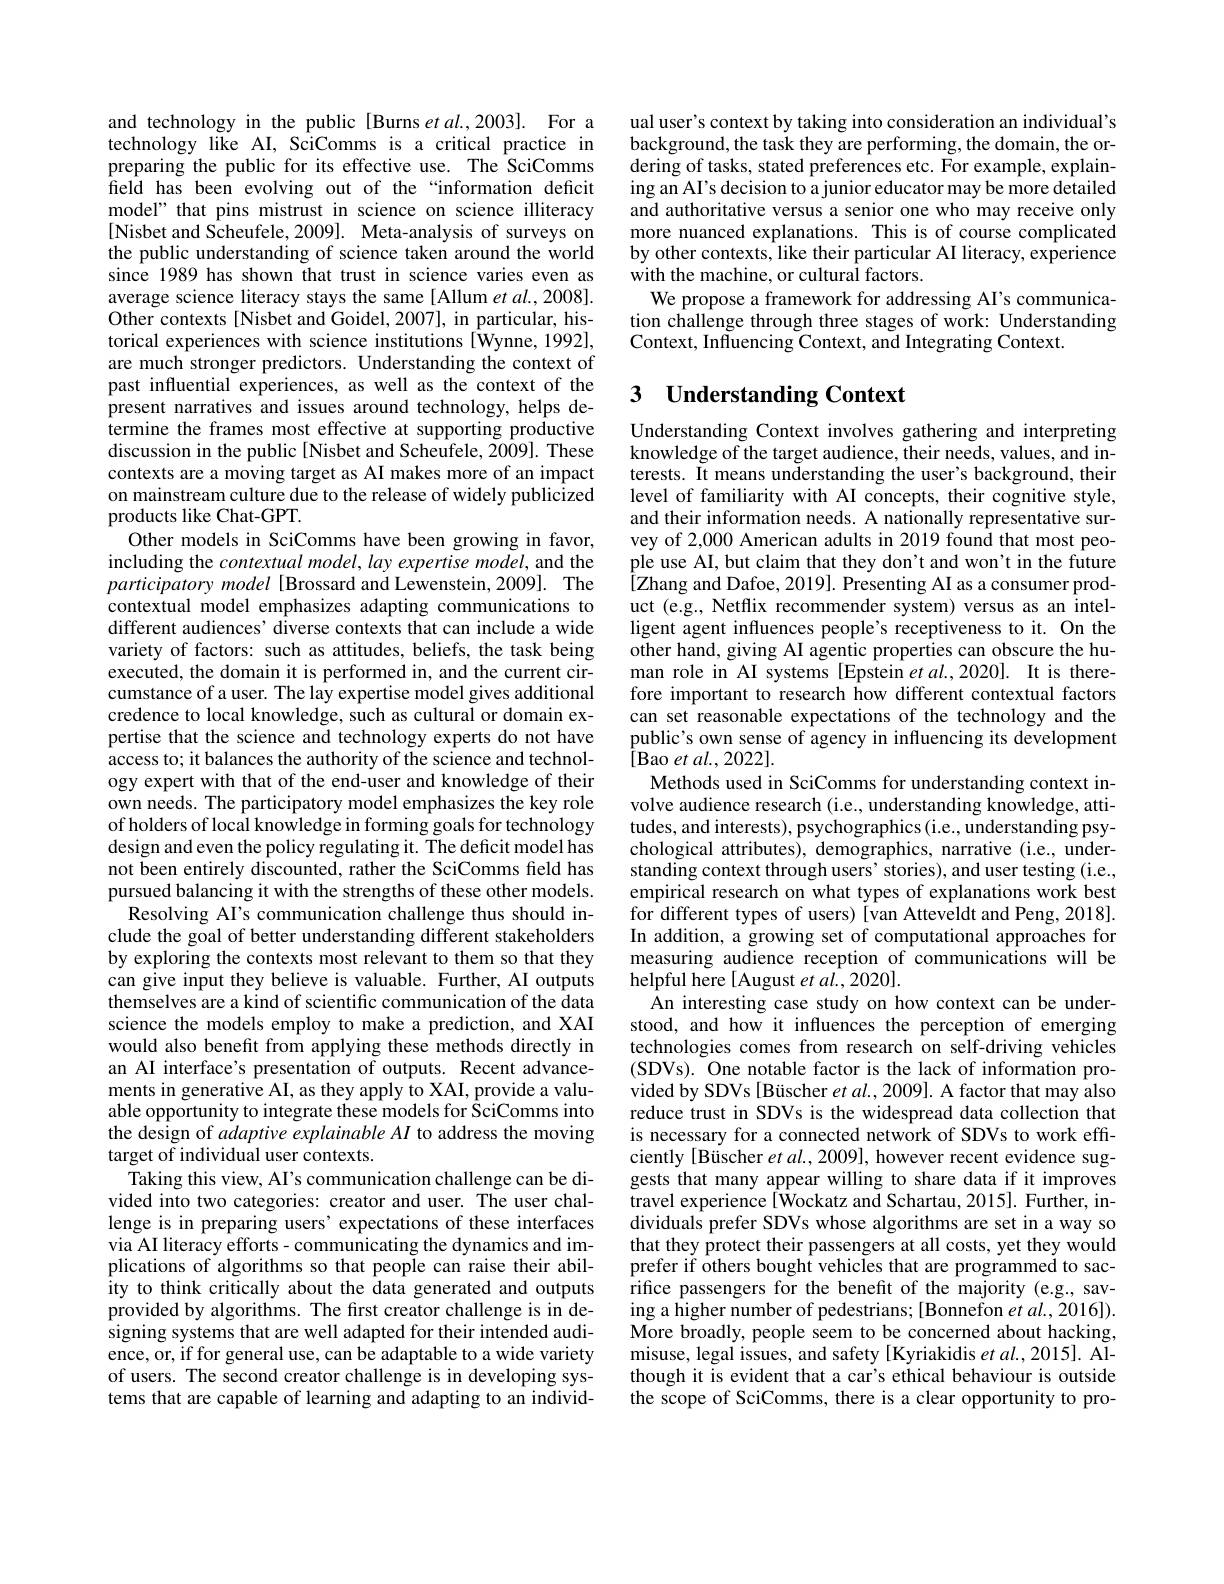
and technology in the public[Burns et al.,2003]. For a technology like AI, SciComms is a critical practice in preparing the public for its effective use. The SciComms field has been evolving out of the “information deficit model" that pins mistrust in science on science illiteracy [Nisbet and Scheufele, 2009]. Meta-analysis of surveys on the public understanding of science taken around the world since 1989 has shown that trust in science varies even as average science literacy stays the same[Allum et al.,2008]. Other contexts[Nisbet and Goidel,2007], in particular, historical experiences with science institutions [ ÎWynne, 1992], are much stronger predictors. Understanding the context of past influential experiences, as well as the context of the present narratives and issues around technology, helps determine the frames most effective at supporting productive discussion in the public[Nisbet and Scheufele, 2009]. These contexts are a moving target as AI makes more of an impact on mainstream culture due to the release of widely publicized products like Chat-GPT.
Other models in SciComms have been growing in favor, including the contextual model, lay expertise model, and the participatory model [Brossard and Lewenstein,2009]. The contextual model emphasizes adapting communications to different audiences' diverse contexts that can include a wide variety of factors: such as attitudes, beliefs, the task being executed, the domain it is performed in, and the current circumstance of a user. The lay expertise model gives additional credence to local knowledge, such as cultural or domain expertise that the science and technology experts do not have access to; it balances the authority of the science and technology expert with that of the end-user and knowledge of their own needs. The participatory model emphasizes the key role of holders of local knowledge in forming goals for technology design and even the policy regulating it. The deficit model has not been entirely discounted, rather the SciComms field has pursued balancing it with the strengths of these other models.
Resolving AI's communication challenge thus should include the goal of better understanding different stakeholders by exploring the contexts most relevant to them so that they can give input they believe is valuable. Further, AI outputs themselves are a kind of scientific communication of the data science the models employ to make a prediction, and XAI would also benefit from applying these methods directly in an AI interface's presentation of outputs. Recent advancements in generative AI, as they apply to XAI, provide a valuable opportunity to integrate these models for ŠciComms into the design of adaptive explainable AI to address the moving target of individual user contexts.
Taking this view, AI's communication challenge can be divided into two categories: creator and user. The user challenge is in preparing users'expectations of these interfaces via AI literacy efforts- communicating the dynamics and implications of algorithms so that people can raise their ability to think critically about the data generated and outputs provided by algorithms. The first creator challenge is in designing systems that are well adapted for their intended audience, or, if for general use, can be adaptable to a wide variety of users. The second creator challenge is in developing systems that are capable of learning and adapting to an individ-

ual user's context by taking into consideration an individual's background, the task they are performing, the domain, the ordering of tasks, stated preferences etc. For example, explaining an AI's decision to a junior educator may be more detailed and authoritative versus a senior one who may receive only more nuanced explanations. This is of course complicated by other contexts, like their particular AI literacy, experience with the machine, or cultural factors.
We propose a framework for addressing AI's communication challenge through three stages of work: Understanding Context, Influencing Context, and Integrating Context.

## 3 Understanding Context

Understanding Context involves gathering and interpreting knowledge of the target audience, their needs, values, and interests. It means understanding the user's background, their level of familiarity with AI concepts, their cognitive style, and their information needs. A nationally representative survey of 2,000 American adults in 2019 found that most people use AI, but claim that they don't and won't in the future [Zhang and Dafoe, 2019]. Presenting AI as a consumer product (e.g., Netflix recommender system) versus as an intelligent agent influences people's receptiveness to it. On the other hand, giving AI agentic properties can obscure the human role in AI systems [Epstein et al.,2020]. It is therefore important to research how different contextual factors can set reasonable expectations of the technology and the public's own sense of agency in influencing its development [Bao et al.,2022].
Methods used in SciComms for understanding context involve audience research (i.e., understanding knowledge, attitudes, and interests), psychographics(i.e., understanding psychological attributes), demographics, narrative (i.e., understanding context through users' stories), and user testing (i.e., empirical research on what types of explanations work best for different types of users) [ van Atteveldt and Peng, 2018]. In addition, a growing set of computational approaches for measuring audience reception of communications will be helpful here [ August et al., 2020].
An interesting case study on how context can be understood, and how it influences the perception of emerging technologies comes from research on self-driving vehicles (SDVs). One notable factor is the lack of information provided by SDVs[Büscher et al., 2009]. A factor that may also reduce trust in SDVs is the widespread data collection that is necessary for a connected network of SDVs to work effciently [Büscher et al., 2009], however recent evidence suggests that many appear willing to share data if it improves travel experience[Wockatz and Schartau, 2015]. Further, individuals prefer SDVs whose algorithms are set in a way so that they protect their passengers at all costs, yet they would prefer if others bought vehicles that are programmed to sacrifice passengers for the benefit of the majority (e.g., saving a higher number of pedestrians; [Bonnefon et al., 2016]). More broadly, people seem to be concerned about hacking, misuse, legal issues, and safety [Kyriakidis $et\textit{al. , 2015}] .$ Although it is evident that a car's ethical behaviour is outside the scope of SciComms, there is a clear opportunity to pro-